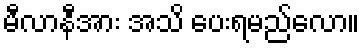
မီလာနီအား အသိ ပေးရမည်လော။